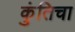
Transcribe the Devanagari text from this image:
कुंतिचा